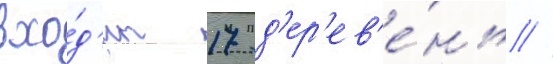
вхо́д'ит 17 д'ер'ев'е́нь //